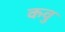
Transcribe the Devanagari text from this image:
कवु